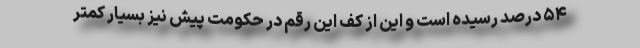
۵۴ درصد رسیده است و این از کف این رقم در حکومت پیش نیز بسیار کمتر